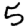
Digit: 5